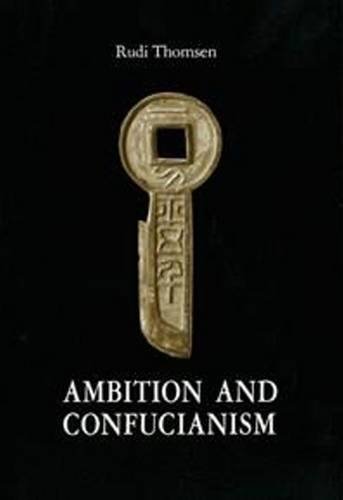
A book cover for Ambition and Confucianism: A biography of Wang Mang; Rudi Thomsen; History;